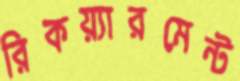
রিকয়্যারমেন্ট